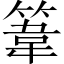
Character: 𥯤